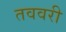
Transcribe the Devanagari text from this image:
तववरी